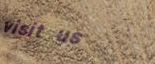
visit us